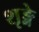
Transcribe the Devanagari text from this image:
शृङ्गे